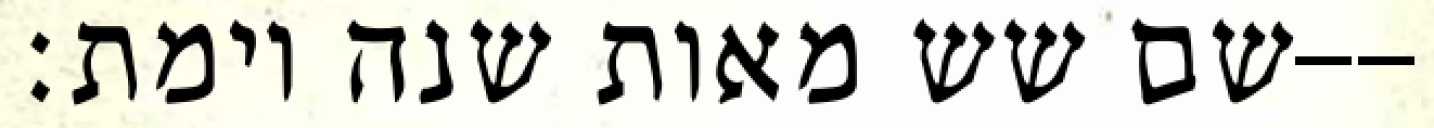
שם שש מאות שנה וימת׃--